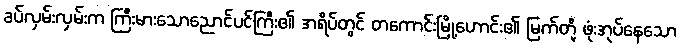
ခပ်လှမ်းလှမ်းက ကြီးမားသောညောင်ပင်ကြီး၏ အရိပ်တွင် တကောင်းမြို့ဟောင်း၏ မြက်တို့ ဖုံးအုပ်နေသော